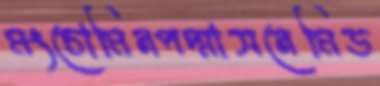
মংচোমিনপদ্মাসনেমিড